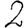
Digit: 2